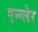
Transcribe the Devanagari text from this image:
एन्ग्लेर